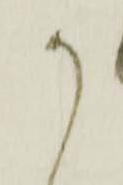
か